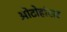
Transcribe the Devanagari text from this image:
ओटोहांसर